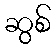
ဆွစ်